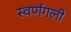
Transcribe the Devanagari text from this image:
स्वर्णगली